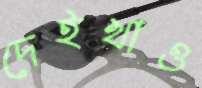
দেইখাও